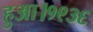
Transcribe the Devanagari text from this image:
हुआ।१९३६